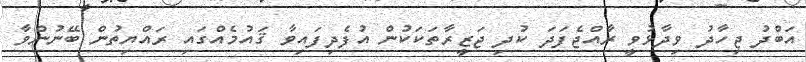
އަބްދު ޖިހާދު ވިދާޅުވީ ރާއްޖެފަދަ ކުދި ޖަޒީރާތަކަކުން އުފެދިފައިވާ ޤައުމެއްގައި ރައްޔިތުން ބޭނުންވާ